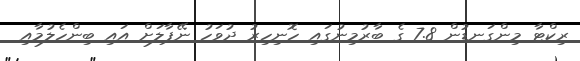
ރިކްޓާ މިންގަނޑުން 7.8 ގެ ބާރުމިނުގައި ހޮނިހިރު ދުވަހު ނޭޕާލަށް އައި ބިންހެލުމާއި